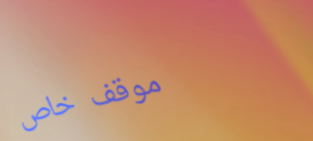
موقف خاص